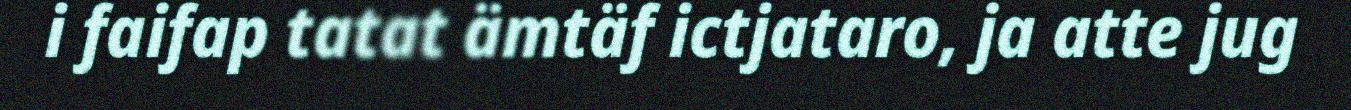
i faifap tatat ämtäf ictjataro, ja atte jug